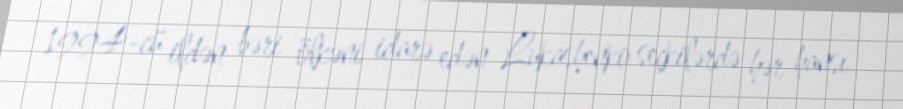
1994-cü ildən bəri ölkəni idarə edən Lukashenko seçkilərdə hər hansı